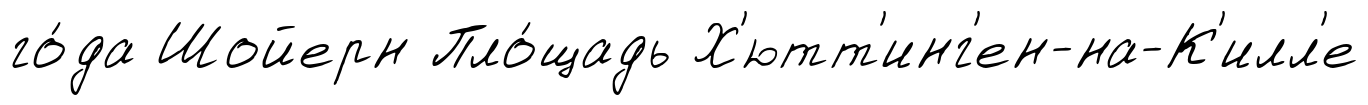
го́да Шойерн Пло́щадь Х'ютт'инг'ен-на-К'илл'е